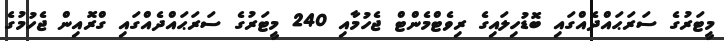
މީޓަރުގެ ސަރަޙައްދެއްގައި ބޮޑުހިލައިގެ ރިވެޓްމެންޓް ޖެހުމާއި 240 މީޓަރުގެ ސަރަޙައްދެއްގައި ގްރޮއިން ޖެހުމުގެ